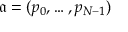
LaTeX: { \mathfrak { a } } = ( p _ { 0 } , \dotsc , p _ { N - 1 } )